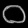
Digit: ၀